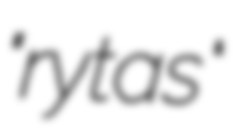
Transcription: "rytas"